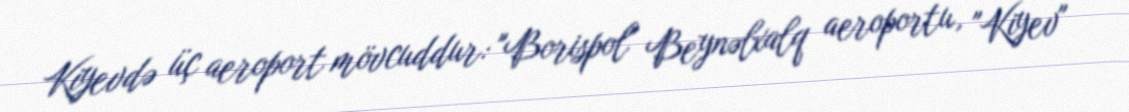
Kiyevdə üç aeroport mövcuddur: "Borispol" Beynəlxalq aeroportu, "Kiyev"